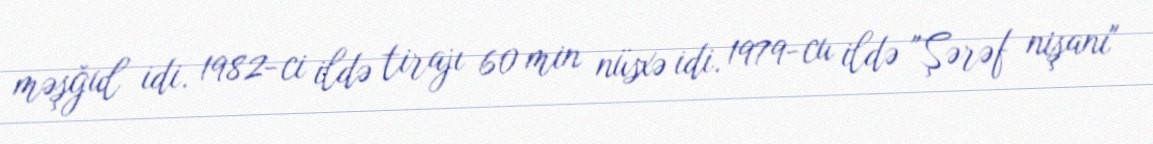
məşğul idi. 1982-ci ildə tirajı 60 min nüsxə idi. 1979-cu ildə "Şərəf nişanı"